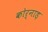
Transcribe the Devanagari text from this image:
कोर्नाड़